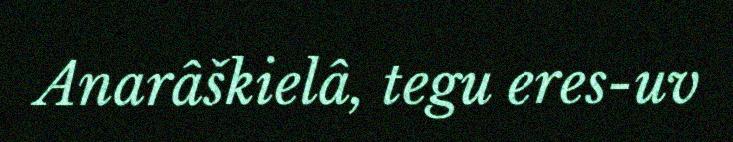
Anarâškielâ, tegu eres-uv